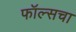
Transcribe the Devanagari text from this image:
फॉल्सचा